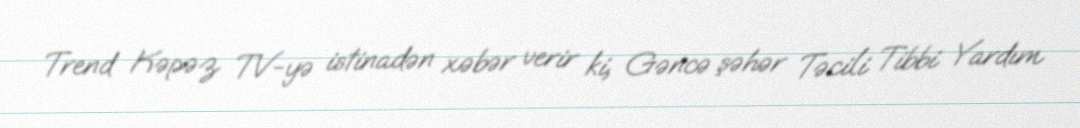
Trend Kəpəz TV-yə istinadən xəbər verir ki, Gəncə şəhər Təcili Tibbi Yardım